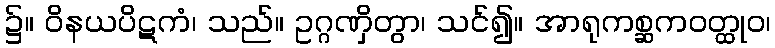
၌။ ဝိနယပိဋကံ၊ သည်။ ဥဂ္ဂဏှိတွာ၊ သင်၍။ အာရုကစ္ဆကဝတ္ထုဝ၊